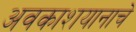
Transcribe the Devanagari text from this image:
अवकाशयानाचे